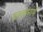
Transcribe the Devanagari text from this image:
तल्लाभार्थं